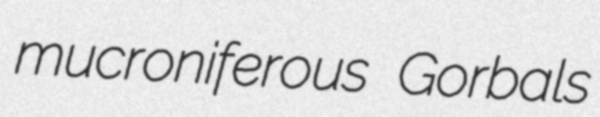
mucroniferous Gorbals